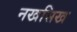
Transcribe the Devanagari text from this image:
नखसिख